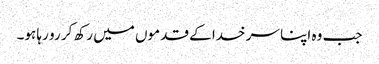
جب وہ اپنا سر خدا کے قدموں میں رکھ کر رو رہا ہو۔